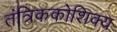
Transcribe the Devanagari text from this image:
तंत्रिककोशिक्य